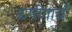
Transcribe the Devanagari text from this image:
घर्षणाची